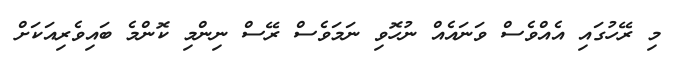
މި ރޭހުގައި އެއްވެސް ވަނައެއް ނުހޮވި ނަމަވެސް ރޭސް ނިންމި ކޮންމެ ބައިވެރިއަކަށް